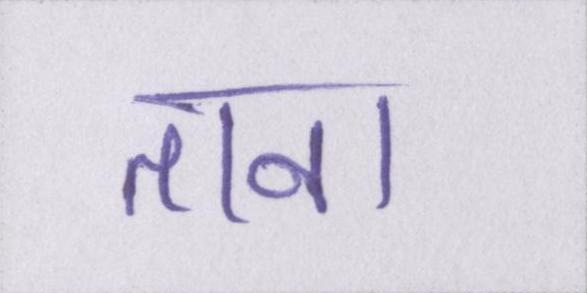
ताना